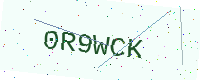
Text: 0R9WCK